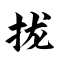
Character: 拢